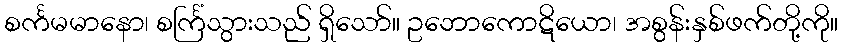
စင်္ကမမာနော၊ စင်္ကြံသွားသည် ရှိသော်။ ဥဘောကောဋိယော၊ အစွန်းနှစ်ဖက်တို့ကို။